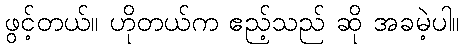
ဖွင့်တယ်။ ဟိုတယ်က ဧည့်သည် ဆို အခမဲ့ပါ။